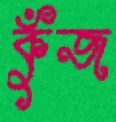
কুঁজ